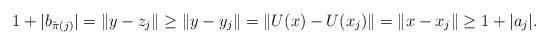
LaTeX: \begin{align*} 1 + |b_{\hat{\pi}(j)}| = \| y - z_j \| \geq \| y - y_j \| = \| U(x) - U(x_j) \| = \| x - x_j \| \geq 1 + |a_j|. \end{align*}